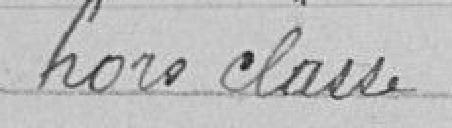
hors classe